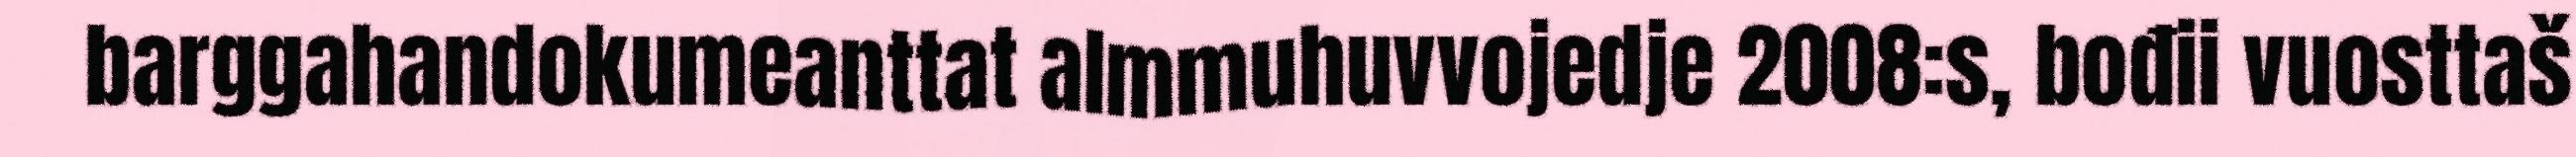
barggahandokumeanttat almmuhuvvojedje 2008:s, bođii vuosttaš